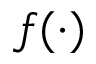
f ( \cdot )